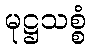
မုဋ္ဌသစ္စံ